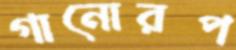
গানোরপ